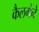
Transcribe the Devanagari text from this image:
कैलगेने